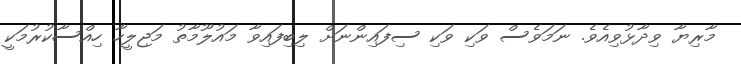
މާރިޔާ ވިދާޅުވިއެވެ. ނަމަވެސް ވަކި ވަކި ސިފައިންނަށް ލިބިފައިވާ މައުލޫމާތު މަޖިލީހާ ހިއްސާކުރުމަކީ